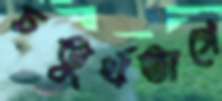
চতুর্থভাগে